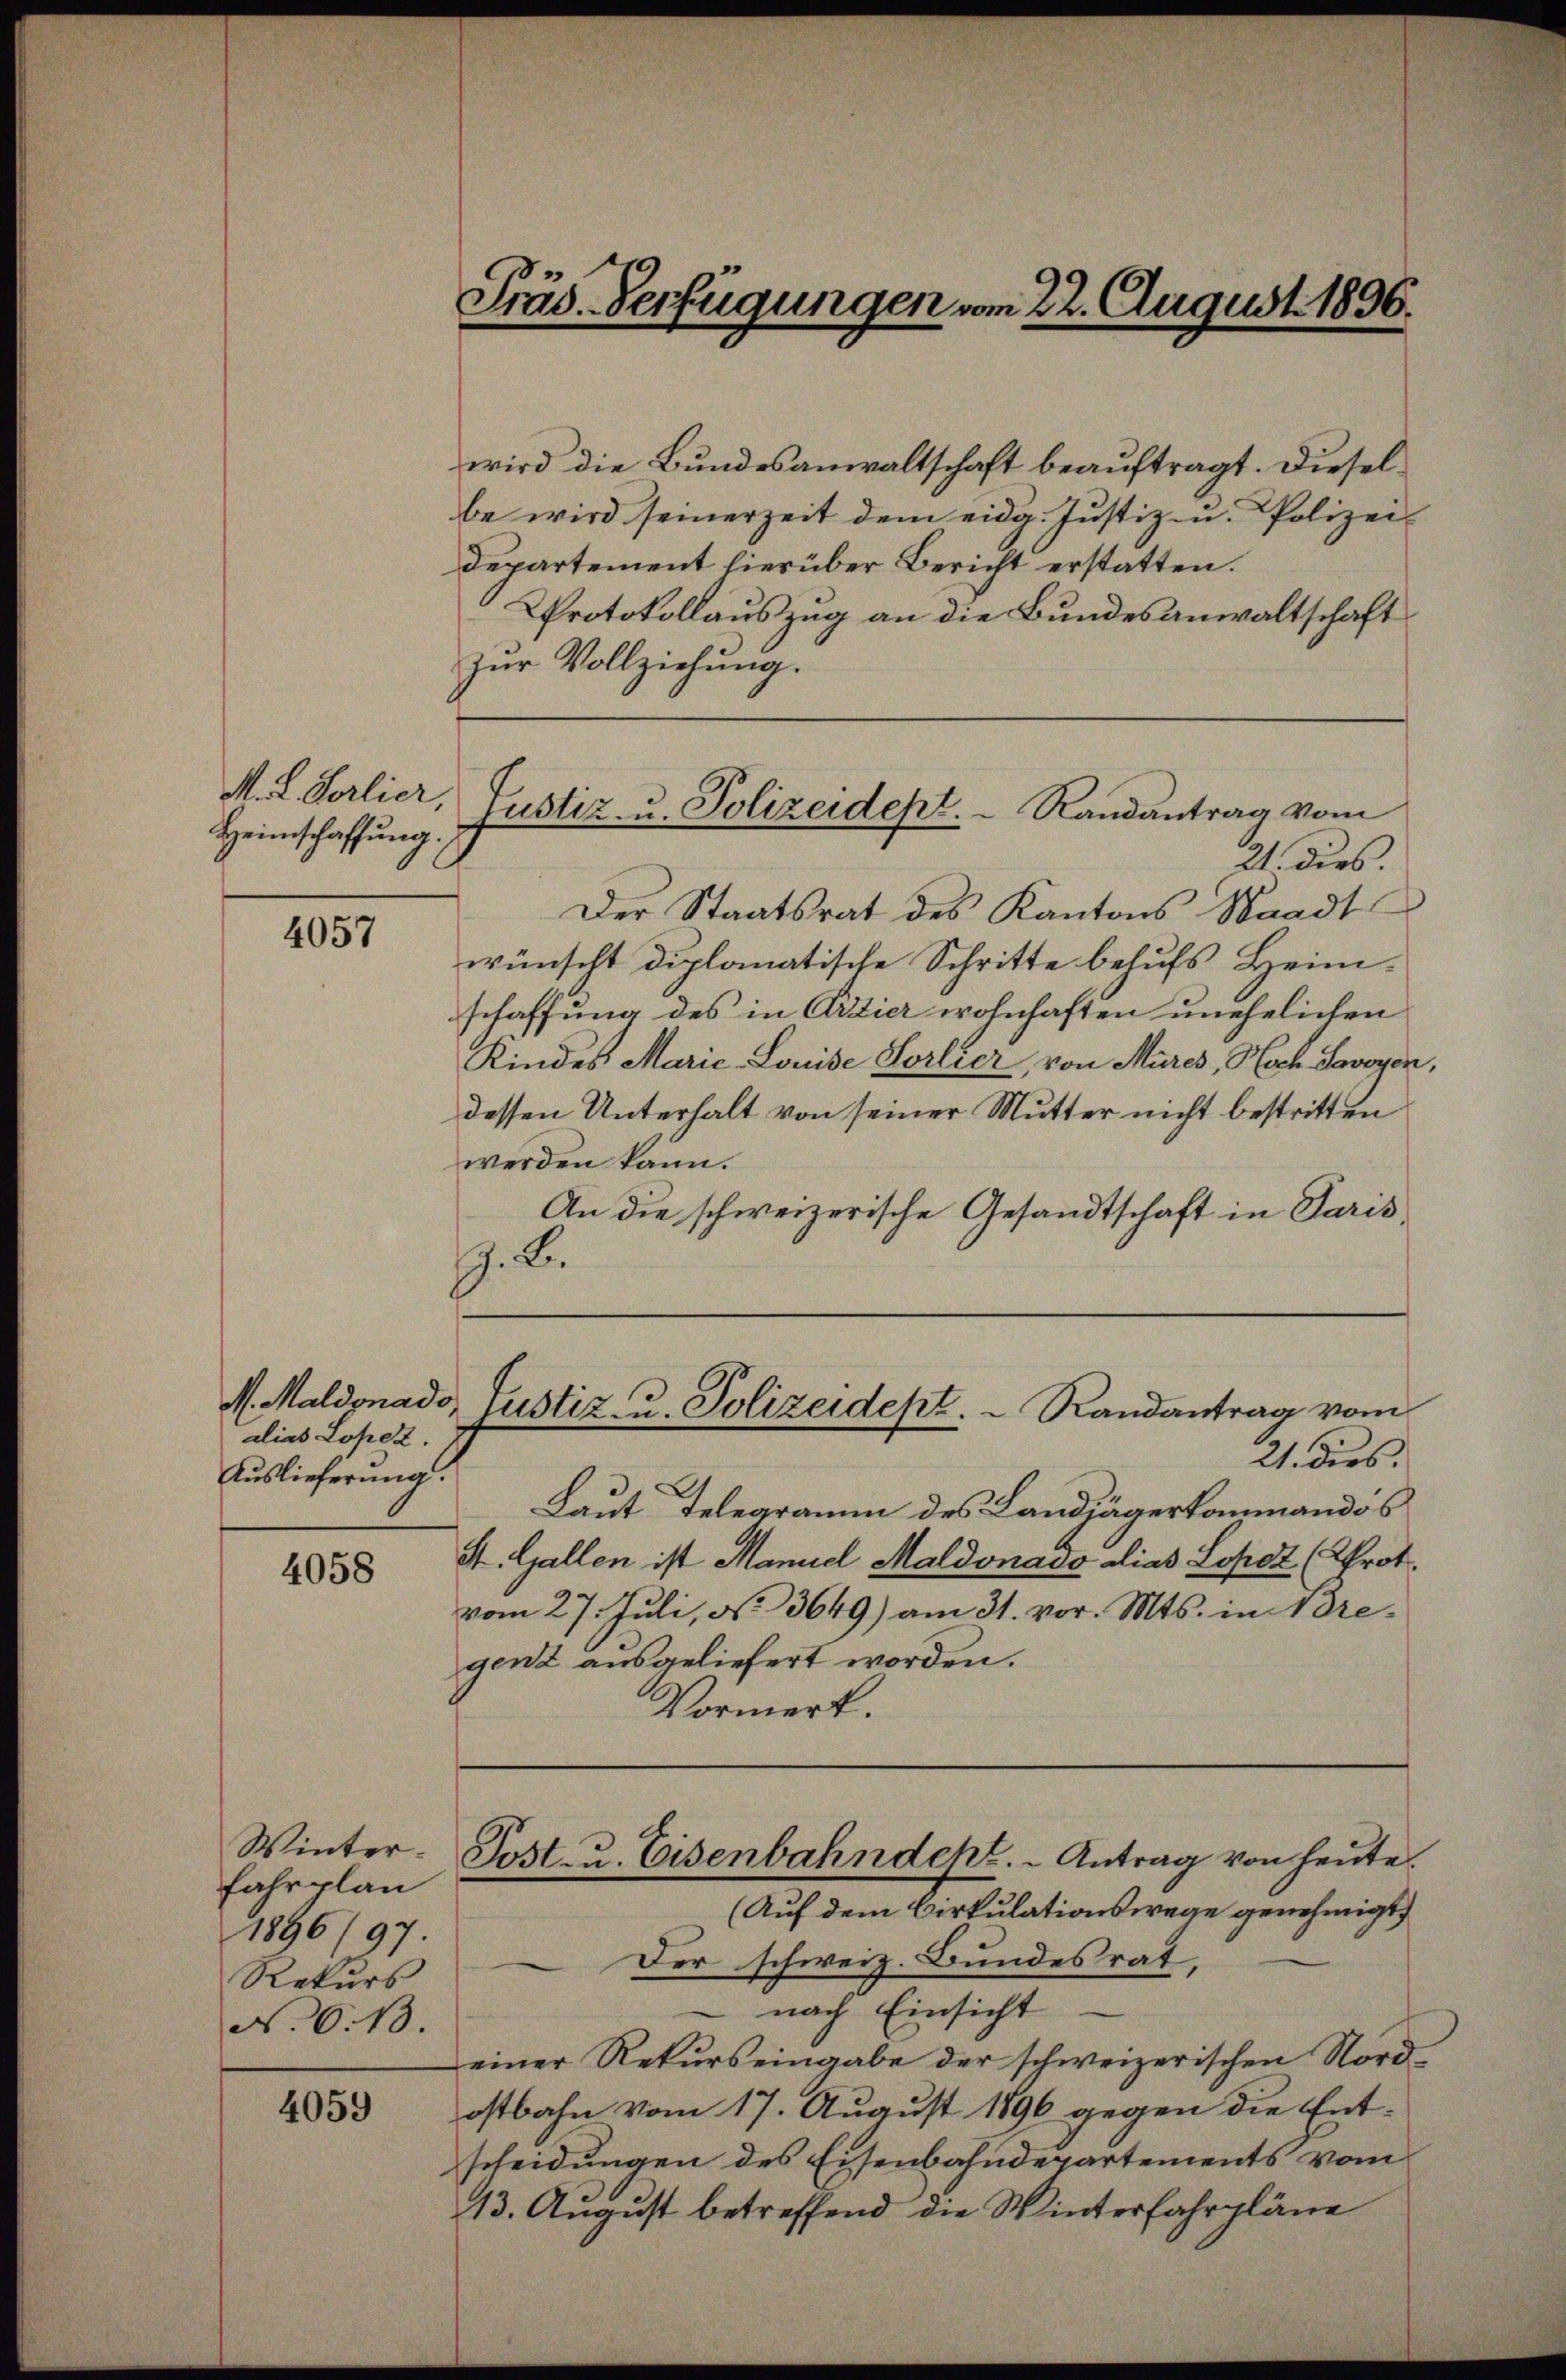
M. L. Vorlier,
Heimschaffung

4057

alias Lopez.
Auslieferung.

4058

Winter¬
Fahrplan
1896/97.
Rekurs
N. 6. 13.

4059

Präs. Verfügungen vom 22. August 1896.

wird die Bundesanwaltschaft beauftragt. Dieselbe wird seinerzeit dem eidg. Justiz- u. Polizei
departement hierüber Bericht erstatten.
Protokollauszug an die Bundesanwaltschaft
Zŭr Vollziehung.
21. dies.
Der Staatsrat des Kantons Staadt
wünscht diplomatische Schritte behufs Heimschaffung des in Erzier wohnhaften unehelichen
Kindes Marić-Louise Sorlier, von Mures, Hoch Savoyen,
dessen Unterhalt von seiner Mutter nicht bestritten
werden kann.
An die schweizerische Gesandtschaft in Paris,
G. B.
N. Maldonado, Justiz- u. Polizeidept.   Randantrag vom
21. dies
Laut Telegramm des Landjägerkommandos
St. Gallen ist Manuel Maldonado alias Lopoz (Prot.
vom 27. Juli, No. 3649) am 31. vor. Mts. in Bregenz ausgeliefert worden.
Vormerk.
Post- u. Eisenbahndept. - Antrag von heute.
(Auf dem Cirkulationswege genehmigt
Der schweiz. Bundesrat,
nach Einsicht
einer Rekurs eingabe der schweizerischen Nordostbahn vom 17. August 1896 gegen die Entscheidungen des Eisenbahndepartements vom
13. August betreffend die Winterfahrpläne

Justiz- u. Polizeidept. Randantrag vom